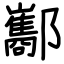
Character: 酅